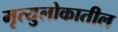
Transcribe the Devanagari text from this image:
मृत्युलोकातील